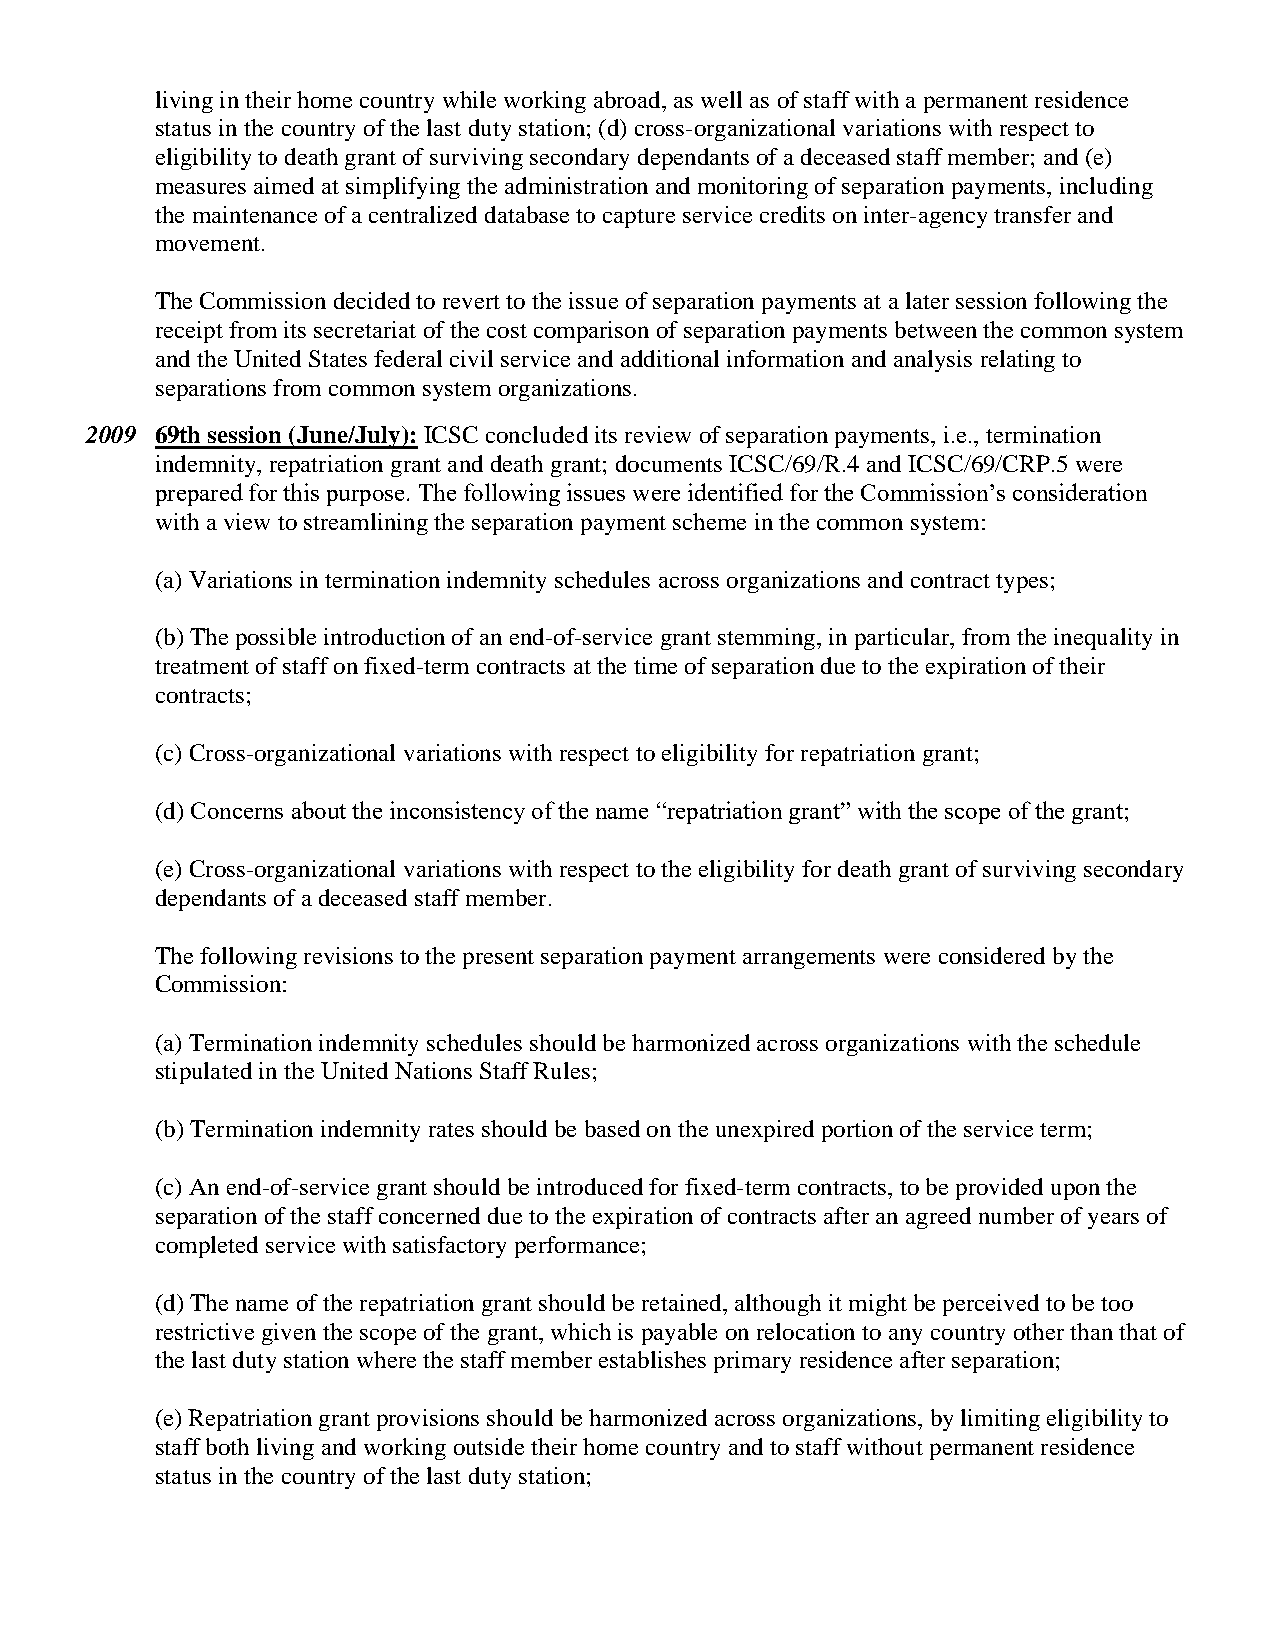
living in their home country while working abroad, as well as of staff with a permanent residence
 status in the country of the last duty station; (d) cross-organizational variations with respect to
 eligibility to death grant of surviving secondary dependants of a deceased staff member; and (e)
 measures aimed at simplifying the administration and monitoring of separation payments, including
 the maintenance of a centralized database to capture service credits on inter-agency transfer and
 movement.
 The Commission decided to revert to the issue of separation payments at a later session following the
 receipt from its secretariat of the cost comparison of separation payments between the common system
 and the United States federal civil service and additional information and analysis relating to
 separations from common system organizations.
 2009 69th session (June/July): ICSC concluded its review of separation payments, i.e., termination
 indemnity, repatriation grant and death grant; documents ICSC/69/R.4 and ICSC/69/CRP.5 were
 prepared for this purpose. The following issues were identified for the Commission’s consideration
 with a view to streamlining the separation payment scheme in the common system:
 (a) Variations in termination indemnity schedules across organizations and contract types;
 (b) The possible introduction of an end-of-service grant stemming, in particular, from the inequality in
 treatment of staff on fixed-term contracts at the time of separation due to the expiration of their
 contracts;
 (c) Cross-organizational variations with respect to eligibility for repatriation grant;
 (d) Concerns about the inconsistency of the name “repatriation grant” with the scope of the grant;
 (e) Cross-organizational variations with respect to the eligibility for death grant of surviving secondary
 dependants of a deceased staff member.
 The following revisions to the present separation payment arrangements were considered by the
 Commission:
 (a) Termination indemnity schedules should be harmonized across organizations with the schedule
 stipulated in the United Nations Staff Rules;
 (b) Termination indemnity rates should be based on the unexpired portion of the service term;
 (c) An end-of-service grant should be introduced for fixed-term contracts, to be provided upon the
 separation of the staff concerned due to the expiration of contracts after an agreed number of years of
 completed service with satisfactory performance;
 (d) The name of the repatriation grant should be retained, although it might be perceived to be too
 restrictive given the scope of the grant, which is payable on relocation to any country other than that of
 the last duty station where the staff member establishes primary residence after separation;
 (e) Repatriation grant provisions should be harmonized across organizations, by limiting eligibility to
 staff both living and working outside their home country and to staff without permanent residence
 status in the country of the last duty station;